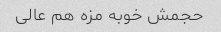
حجمش خوبه مزه هم عالی